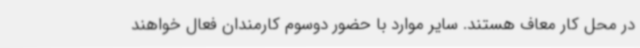
در محل کار معاف هستند. سایر موارد با حضور دوسوم کارمندان فعال خواهند